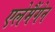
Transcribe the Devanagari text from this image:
एलेमैंगेन